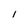
Character: i